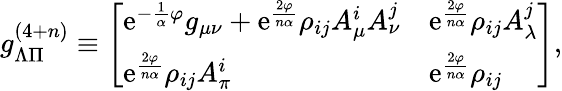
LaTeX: g_{\Lambda\Pi}^{(4+n)}\equiv\left[\begin{array}{ll}{{\mathrm{e}^{-{\frac{1}{\alpha}}\varphi}g_{\mu\nu}+\mathrm{e}^{\frac{2\varphi}{n\alpha}}\rho_{ij}A_{\mu}^{i}A_{\nu}^{j}}}&{{\mathrm{e}^{\frac{2\varphi}{n\alpha}}\rho_{ij}A_{\lambda}^{j}}}\\ {{\mathrm{e}^{\frac{2\varphi}{n\alpha}}\rho_{ij}A_{\pi}^{i}}}&{{\mathrm{e}^{\frac{2\varphi}{n\alpha}}\rho_{ij}}}\end{array}\right],